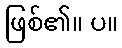
ဖြစ်၏။ ပ။